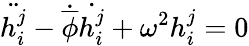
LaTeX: \ddot{h_{i}^{j}}-\dot{\overline{{{\phi}}}}\dot{h_{i}^{j}}+\omega^{2}h_{i}^{j}=0